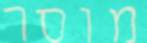
מוסר